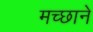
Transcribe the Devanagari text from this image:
मच्छाने